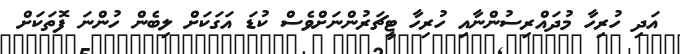
އަދި ހުރިހާ މުދައްރިސުންނާއި ހުރިހާ ޓީޗަރުންނަށްވެސް ކުޑަ އަގަކަށް ލިބެން ހުންނަ ފޮތަކަށް